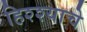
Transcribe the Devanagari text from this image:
हिश्श्याचे